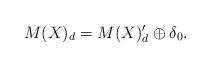
LaTeX: \begin{align*}M(X)_d = M(X)_d' \oplus \delta_0.\end{align*}